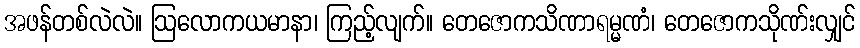
အဖန်တစ်လဲလဲ။ ဩလောကယမာနာ၊ ကြည့်လျက်။ တေဇောကသိဏာရမ္မဏံ၊ တေဇောကသိုဏ်းလျှင်